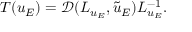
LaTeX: T ( u _ { E } ) = \mathcal { D } ( L _ { u _ { E } } , \tilde { u } _ { E } ) L _ { u _ { E } } ^ { - 1 } .